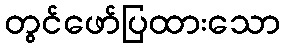
တွင်ဖော်ပြထားသော